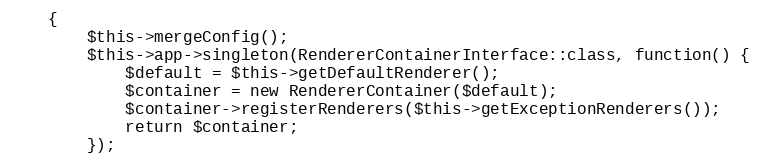
Language: PHP
    {
        $this->mergeConfig();
        $this->app->singleton(RendererContainerInterface::class, function() {
            $default = $this->getDefaultRenderer();
            $container = new RendererContainer($default);
            $container->registerRenderers($this->getExceptionRenderers());
            return $container;
        });